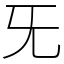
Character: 旡